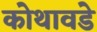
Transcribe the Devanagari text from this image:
कोथावडे